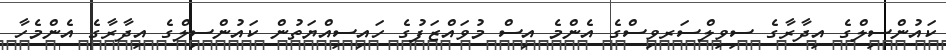
ކައުންސިލްގެ އިދާރާގެ ސިވިލްސަރވިސްގެ އެންމެ އިސް މުވައްޒަފުގެ ހައިސިއްޔަތުން ކައުންސިލްގެ އިދާރާގެ އެންމެހާ